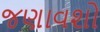
જણાવશો